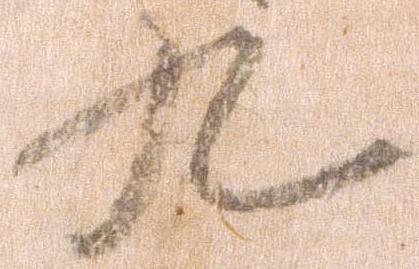
九